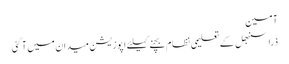
آمین
ذرا سنبھل کے	 تعلیمی نظام بچنے کیلئے اپوزیشن میدان میں آ گئی